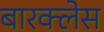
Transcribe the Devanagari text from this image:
बारक्लेस